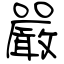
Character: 嚴